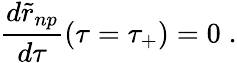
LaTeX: {\frac{d{\widetilde r}_{np}}{d\tau}}(\tau=\tau_{+})=0\; .